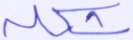
شكله